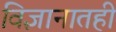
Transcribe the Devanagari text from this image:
विज्ञानातही